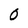
Character: 0